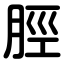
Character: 脛